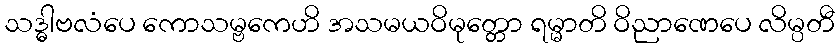
သဒ္ဓါဗလံပေ ကောသမ္ဗကေဟိ အသမယဝိမုတ္တော ရမ္မာတိ ဝိညာဏေပေ လိမ္ပတီ